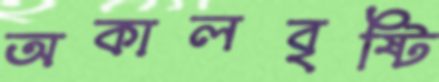
অকালবৃষ্টি